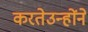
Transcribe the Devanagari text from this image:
करतेउन्होंने